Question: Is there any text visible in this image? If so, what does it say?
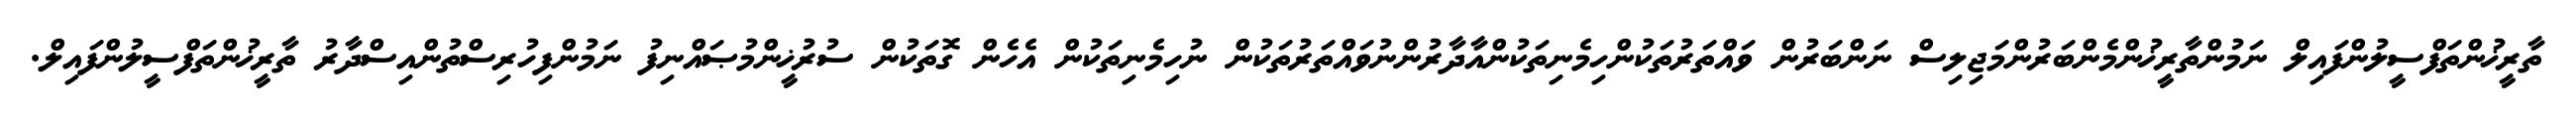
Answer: ތާރީޚުންތަފްސީލުންފައިލް ނަމުންތާރީޚުންމެންބަރުންމަޖިލިސް ނަންބަރުން ވައްތަރުތަކުންހިމެނިތަކުންއާދާރުންނުވައްތަރުތަކުން ނުހިމެނިތަކުން އެހެން ގޮތަކުން ސުރުޚީންމުޞައްނިފު ނަމުންފިހުރިސްތުންއިސްދާރު ތާރީޚުންތަފްސީލުންފައިލް.